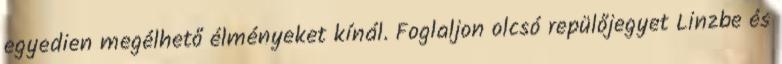
egyedien megélhető élményeket kínál. Foglaljon olcsó repülőjegyet Linzbe és